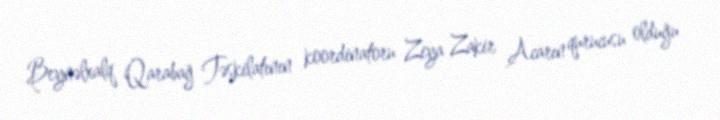
Beynəlxalq Qarabağ Təşkilatının koordinatoru Ziya Zakir Acarın qurucusu olduğu